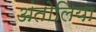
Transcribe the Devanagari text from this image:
अंतोलिया